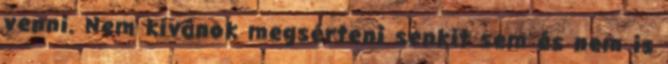
venni. Nem kívánok megsérteni senkit sem és nem is